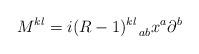
LaTeX: \begin{align*}M^{kl}=i (R-1)^{kl}_{\;\;\;\; ab} x^{a} \partial^{b}\end{align*}